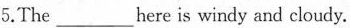
5.The___here is windy and cloudy.